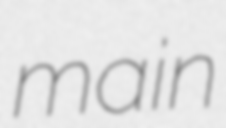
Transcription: main